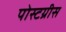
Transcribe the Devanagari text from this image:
पोस्टग्रीस